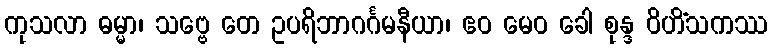
ကုသလာ ဓမ္မာ၊ သဗ္ဗေ တေ ဥပရိဘာဂင်္ဂမနီယာ၊ ဧဝ မေဝ ခေါ စုန္ဒ ဝိဟိံသကဿ